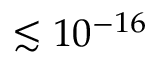
\lesssim 1 0 ^ { - 1 6 }